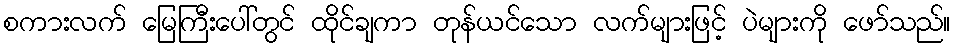
စကားလက် မြေကြီးပေါ်တွင် ထိုင်ချကာ တုန်ယင်သော လက်များဖြင့် ပဲများကို ဖော်သည်။